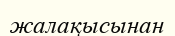
жалақысынан